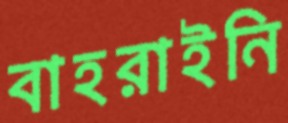
বাহরাইনি